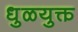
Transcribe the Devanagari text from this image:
धुळयुक्त